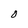
Character: O